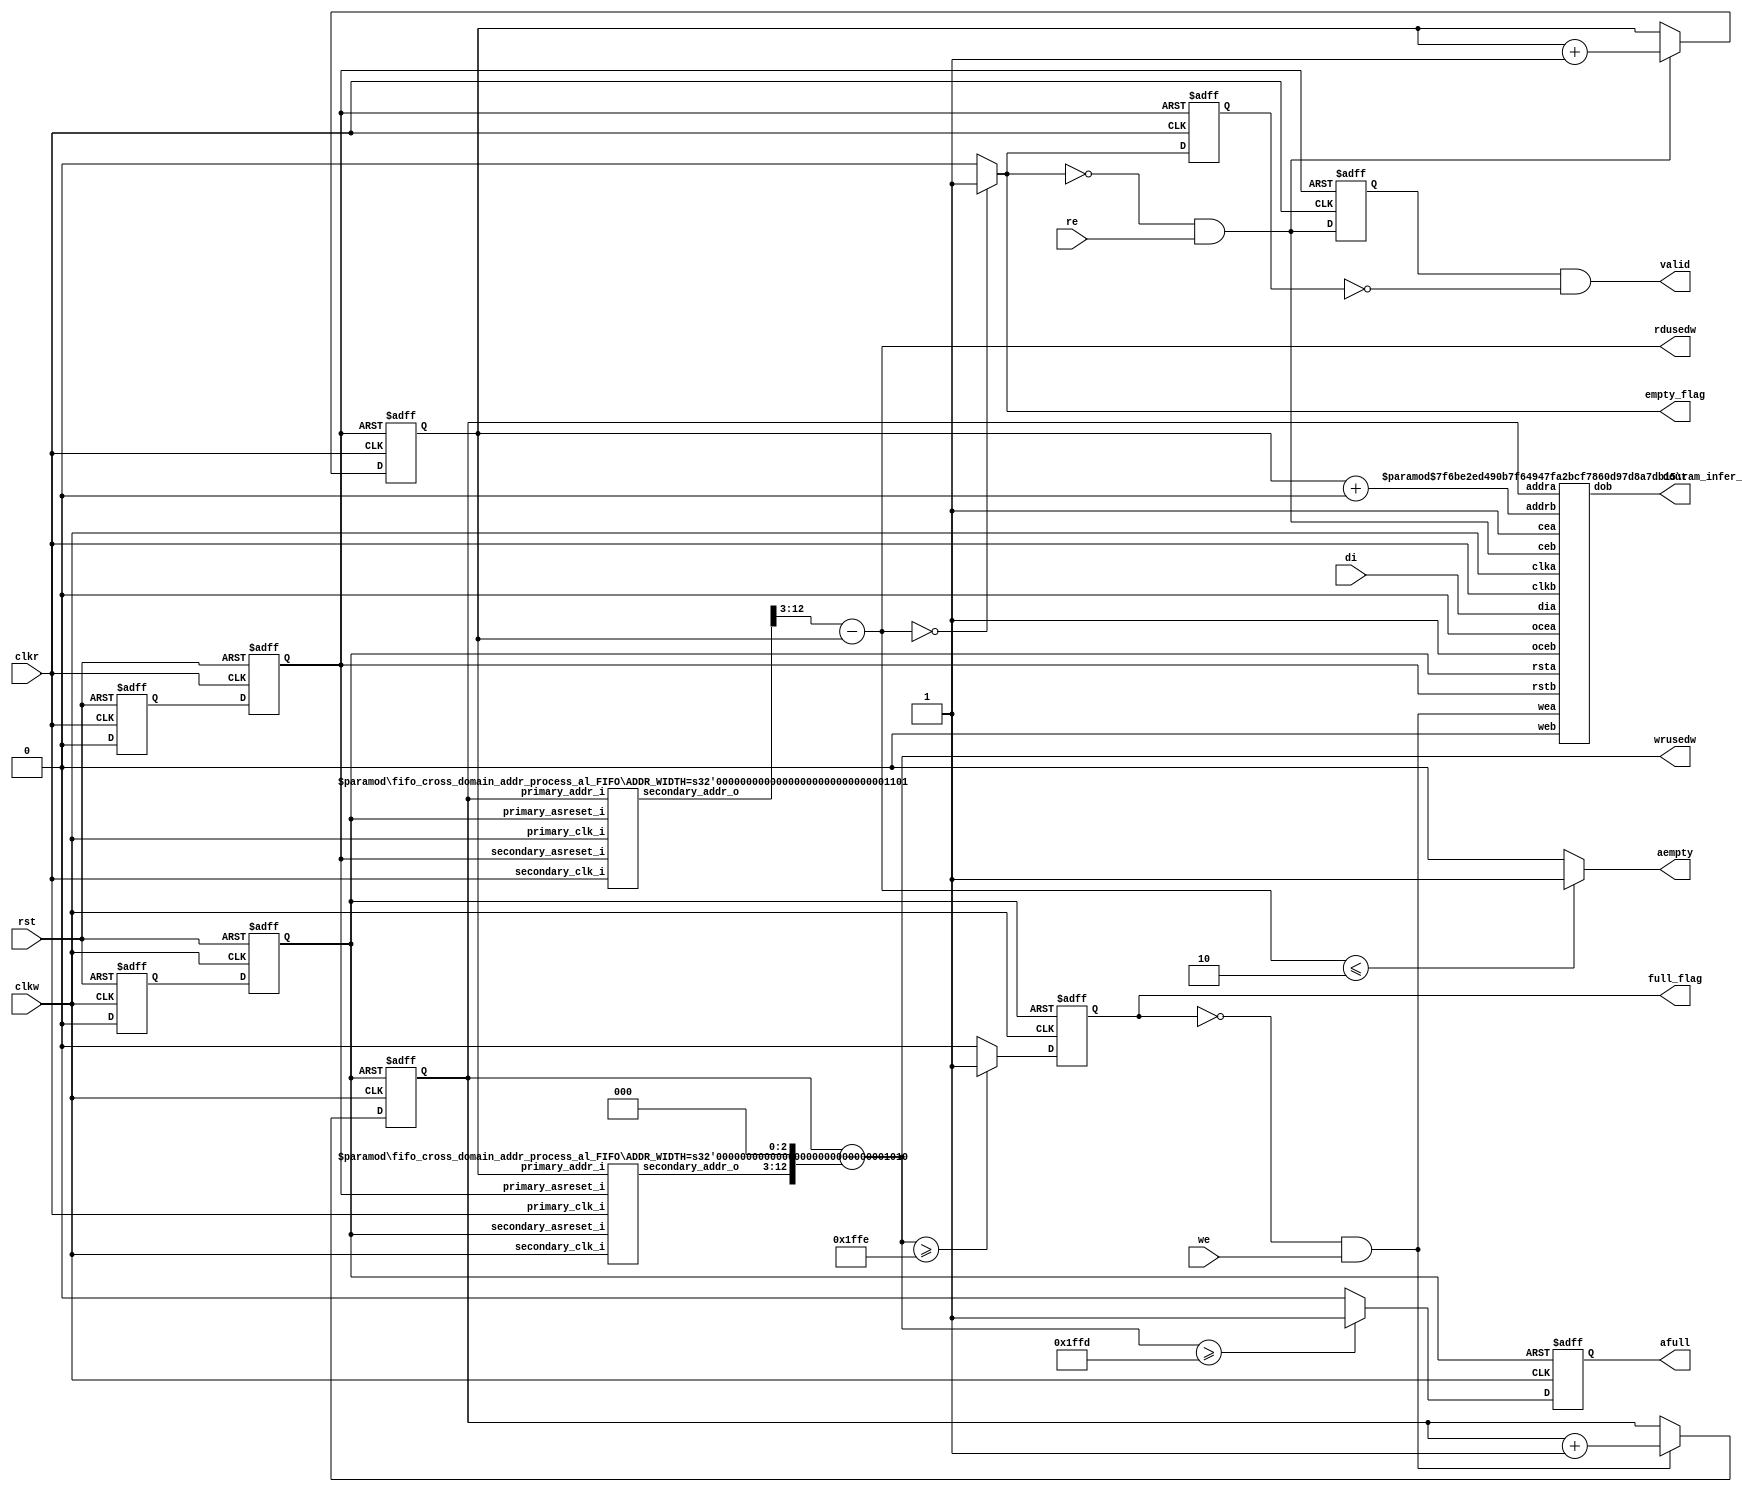

`timescale 1ns/1ps
/************************************************************\
 **     Copyright (c) 2012-2023 Anlogic Inc.
 **  All Right Reserved.\
\************************************************************/
/************************************************************\
 ** Log	:	This file is generated by Anlogic IP Generator.
 ** TD version	:	5.6.71036
\************************************************************/
// 
// ===========================================================================
// Copyright (c) 2011-2022 Anlogic Inc. All Right Reserved.
//
// TEL: 86-21-61633787
// WEB: http://www.anlogic.com/
// ===========================================================================
// $Version    : v1.1
// $Date       : 2022/07/08
// $Description: asynchronous/synchronous FIFO rtl codes , fixed the error of 
// gray code
// ===========================================================================
//`pragma protect begin
module FIFO #(parameter DATA_WIDTH_W = 8, 
        parameter DATA_WIDTH_R = 64, 
        parameter ADDR_WIDTH_W = 13, 
        parameter ADDR_WIDTH_R = 10, 
        parameter AL_FULL_NUM = 8189, 
        parameter AL_EMPTY_NUM = 2, 
        parameter SHOW_AHEAD_EN = 1'b0, 
        parameter OUTREG_EN = "NOREG") (
    //SHOWAHEAD mode enable
    //OUTREG, NOREG
    //independent clock mode,fixed as asynchronous reset
    input rst,  //asynchronous port,active hight
    input clkw,  //write clock
    input clkr,  //read clock
    input we,  //write enable,active hight
    input [(DATA_WIDTH_W - 1):0] di,  //write data
    input re,  //read enable,active hight
    output [(DATA_WIDTH_R - 1):0] dout,  //read data
    output reg valid,  //read data valid flag
    output reg full_flag,  //fifo full flag
    output empty_flag,  //fifo empty flag
    output reg afull,  //fifo almost full flag
    output aempty,  //fifo almost empty flag
    output [(ADDR_WIDTH_W - 1):0] wrusedw,  //stored data number in fifo
    output [(ADDR_WIDTH_R - 1):0] rdusedw //available data number for read      
        ) ;
    //--------------------------------------------------------------------------------------------
    //-------------internal parameter and signals definition below---------------
    //--------------------------------------------------------------------------------------------
    //-------------parameter definition 
    localparam FULL_NUM = ({ADDR_WIDTH_W{1'b1}} - 1) ; 
    //-------------signals definition
    reg asy_w_rst0 ; 
    reg asy_w_rst1 ; 
    reg asy_r_rst0 ; 
    reg asy_r_rst1 ; 
    wire rd_rst ; 
    wire wr_rst ; 
    wire [(ADDR_WIDTH_R - 1):0] rd_to_wr_addr ; // read address synchronized to write clock domain
    wire [(ADDR_WIDTH_W - 1):0] wr_to_rd_addr ; // write address synchronized to read clock domain
    reg [(ADDR_WIDTH_W - 1):0] wr_addr ; // current write address
    reg [(ADDR_WIDTH_R - 1):0] rd_addr ; // current write address
    wire wr_en_s ; 
    wire rd_en_s ; 
    reg [(ADDR_WIDTH_W - 1):0] shift_rdaddr ; 
    reg [(ADDR_WIDTH_R - 1):0] shift_wraddr ; 
    wire [(ADDR_WIDTH_W - 1):0] wr_addr_diff ; // the difference between read and write address(synchronized to write clock domain)
    wire [(ADDR_WIDTH_R - 1):0] rd_addr_diff ; // the difference between read and write address(synchronized to read clock domain)
    reg empty_flag_r1 ; 
    reg empty_flag_r2 ; 
    reg re_r1 ; 
    reg re_r2 ; 
    //--------------------------------------------------------------------------------------------
    //--------------------fuctional codes below---------------------------------
    //--------------------------------------------------------------------------------------------
    // =============================================
    // reset control logic below;
    // =============================================
    //Asynchronous reset synchronous release on the write side
    always
        @(posedge clkw or 
            posedge rst)
        begin
            if (rst) 
                begin
                    asy_w_rst0 <=  1'b1 ;
                    asy_w_rst1 <=  1'b1 ;
                end
            else
                begin
                    asy_w_rst0 <=  1'b0 ;
                    asy_w_rst1 <=  asy_w_rst0 ;
                end
        end
    //Asynchronous reset synchronous release on the read side
    always
        @(posedge clkr or 
            posedge rst)
        begin
            if (rst) 
                begin
                    asy_r_rst0 <=  1'b1 ;
                    asy_r_rst1 <=  1'b1 ;
                end
            else
                begin
                    asy_r_rst0 <=  1'b0 ;
                    asy_r_rst1 <=  asy_r_rst0 ;
                end
        end
    assign rd_rst = asy_r_rst1 ; 
    assign wr_rst = asy_w_rst1 ; 
    // =============================================
    // address generate logic below;
    // =============================================
    // write and read ram enable
    assign wr_en_s = ((!full_flag) & we) ; 
    assign rd_en_s = ((!empty_flag) & re) ; 
    // generate write fifo address
    always
        @(posedge clkw or 
            posedge wr_rst)
        begin
            if ((wr_rst == 1'b1)) 
                wr_addr <=  'b0 ;
            else
                if (wr_en_s) 
                    wr_addr <=  (wr_addr + 1) ;
        end
    // generate rd fifo address
    always
        @(posedge clkr or 
            posedge rd_rst)
        begin
            if ((rd_rst == 1'b1)) 
                rd_addr <=  'b0 ;
            else
                if (rd_en_s) 
                    rd_addr <=  (rd_addr + 1) ;
        end
    always
        @(*)
        begin
            if ((ADDR_WIDTH_R >= ADDR_WIDTH_W)) 
                begin
                    shift_rdaddr = (rd_to_wr_addr >> (ADDR_WIDTH_R - ADDR_WIDTH_W)) ;
                    shift_wraddr = (wr_to_rd_addr << (ADDR_WIDTH_R - ADDR_WIDTH_W)) ;
                end
            else
                begin
                    shift_rdaddr = (rd_to_wr_addr << (ADDR_WIDTH_W - ADDR_WIDTH_R)) ;
                    shift_wraddr = (wr_to_rd_addr >> (ADDR_WIDTH_W - ADDR_WIDTH_R)) ;
                end
        end
    // two's complement format
    assign wr_addr_diff = (wr_addr - shift_rdaddr) ; // the count of data writen to fifo
    assign rd_addr_diff = (shift_wraddr - rd_addr) ; // the count of data available for read
    // =============================================
    // generate all output flag and count below;
    // ============================================= 
    // generate fifo full_flag indicator
    always
        @(posedge clkw or 
            posedge wr_rst)
        begin
            if ((wr_rst == 1'b1)) 
                full_flag <=  1'b0 ;
            else
                if ((wr_addr_diff >= FULL_NUM)) 
                    full_flag <=  1'b1 ;
                else
                    full_flag <=  1'b0 ;
        end
    // generate fifo afull indicator
    always
        @(posedge clkw or 
            posedge wr_rst)
        begin
            if ((wr_rst == 1'b1)) 
                afull <=  1'b0 ;
            else
                if ((wr_addr_diff >= AL_FULL_NUM)) 
                    afull <=  1'b1 ;
                else
                    afull <=  1'b0 ;
        end
    // generate fifo empty_flag indicator
    assign empty_flag = ((rd_addr_diff == 5'b0) ? 1'b1 : 1'b0) ; 
    // generate fifo aempty indicator
    assign aempty = ((rd_addr_diff <= AL_EMPTY_NUM) ? 1'b1 : 1'b0) ; 
    // the count of data writen to fifo 
    assign wrusedw = wr_addr_diff ; 
    // the count of data available for read
    assign rdusedw = rd_addr_diff ; 
    // delay empty_flag for 2cycle
    always
        @(posedge clkr or 
            posedge rd_rst)
        begin
            if ((rd_rst == 1'b1)) 
                begin
                    empty_flag_r1 <=  1'b1 ;
                    empty_flag_r2 <=  1'b1 ;
                end
            else
                begin
                    empty_flag_r1 <=  empty_flag ;
                    empty_flag_r2 <=  empty_flag_r1 ;
                end
        end
    // delay rd_en_s for 2cycle
    always
        @(posedge clkr or 
            posedge rd_rst)
        begin
            if ((rd_rst == 1'b1)) 
                begin
                    re_r1 <=  1'b0 ;
                    re_r2 <=  1'b0 ;
                end
            else
                begin
                    re_r1 <=  rd_en_s ;
                    re_r2 <=  re_r1 ;
                end
        end
    // generate data output valid flag
    always
        @(*)
        begin
            if ((SHOW_AHEAD_EN && (OUTREG_EN == "NOREG"))) 
                valid = (!empty_flag) ;
            else
                if (((!SHOW_AHEAD_EN) && (OUTREG_EN == "OUTREG"))) 
                    valid = (re_r2 & (!empty_flag_r2)) ;
                else
                    valid = (re_r1 & (!empty_flag_r1)) ;
        end
    // =============================================
    // instance logic below;
    // =============================================
    // fifo read address synchronous to write clock domain using gray code
    fifo_cross_domain_addr_process_al_FIFO #(.ADDR_WIDTH(ADDR_WIDTH_R)) rd_to_wr_cross_inst (.primary_asreset_i(rd_rst), 
                .secondary_asreset_i(wr_rst), 
                .primary_clk_i(clkr), 
                .secondary_clk_i(clkw), 
                .primary_addr_i(rd_addr), 
                .secondary_addr_o(rd_to_wr_addr)) ; 
    // fifo write address synchronous to read clock domain using gray code
    fifo_cross_domain_addr_process_al_FIFO #(.ADDR_WIDTH(ADDR_WIDTH_W)) wr_to_rd_cross_inst (.primary_asreset_i(wr_rst), 
                .secondary_asreset_i(rd_rst), 
                .primary_clk_i(clkw), 
                .secondary_clk_i(clkr), 
                .primary_addr_i(wr_addr), 
                .secondary_addr_o(wr_to_rd_addr)) ; 
    ram_infer_FIFO #(.DATAWIDTH_A(DATA_WIDTH_W),
            .ADDRWIDTH_A(ADDR_WIDTH_W),
            .DATAWIDTH_B(DATA_WIDTH_R),
            .ADDRWIDTH_B(ADDR_WIDTH_R),
            .MODE("SDP"),
            .REGMODE_B(OUTREG_EN)) ram_inst (.clka(clkw), 
                .rsta(wr_rst), 
                .cea(1'b1), 
                .wea(wr_en_s), 
                .ocea(1'b0), 
                .dia(di), 
                .addra(wr_addr), 
                .clkb(clkr), 
                .rstb(rd_rst), 
                .ceb((SHOW_AHEAD_EN | rd_en_s)), 
                .web(1'b0), 
                .oceb(1'b1), 
                .addrb((rd_addr + (SHOW_AHEAD_EN & rd_en_s))), 
                .dob(dout)) ; 
endmodule



`timescale 1ns/1ps
// ===========================================================================
// $Version    : v1.0
// $Date       : 2022/04/26
// $Description: fifo write and read address crocess domain process
// ===========================================================================
module fifo_cross_domain_addr_process_al_FIFO #(parameter ADDR_WIDTH = 9) (
    input primary_asreset_i, 
    input secondary_asreset_i, 
    input primary_clk_i, 
    input secondary_clk_i, 
    input [(ADDR_WIDTH - 1):0] primary_addr_i, 
    output reg [(ADDR_WIDTH - 1):0] secondary_addr_o) ;
    //--------------------------------------------------------------------------------------------
    //-------------internal parameter and signals definition below---------------
    //--------------------------------------------------------------------------------------------
    //-------------localparam definition
    //-------------signals definition
    wire [(ADDR_WIDTH - 1):0] primary_addr_gray ; 
    reg [(ADDR_WIDTH - 1):0] primary_addr_gray_reg ;  /* fehdl keep="true" */ 
    reg [(ADDR_WIDTH - 1):0] sync_r1 ;  /* fehdl keep="true" */ 
    reg [(ADDR_WIDTH - 1):0] primary_addr_gray_sync ; 
    //--------------------------------------------------------------------------------------------
    //--------------------fuctional codes below---------------------------------
    //-------------------------------------------------------------------------------------------- 
    function [(ADDR_WIDTH - 1):0] gray2bin ; 
        input [(ADDR_WIDTH - 1):0] gray ; 
        integer j ; 
        begin
            gray2bin[(ADDR_WIDTH - 1)] = gray[(ADDR_WIDTH - 1)] ;
            for (j = (ADDR_WIDTH - 1) ; (j > 0) ; j = (j - 1))
                gray2bin[(j - 1)] = (gray2bin[j] ^ gray[(j - 1)]) ;
        end
    endfunction
    function [(ADDR_WIDTH - 1):0] bin2gray ; 
        input [(ADDR_WIDTH - 1):0] bin ; 
        integer j ; 
        begin
            bin2gray[(ADDR_WIDTH - 1)] = bin[(ADDR_WIDTH - 1)] ;
            for (j = (ADDR_WIDTH - 1) ; (j > 0) ; j = (j - 1))
                bin2gray[(j - 1)] = (bin[j] ^ bin[(j - 1)]) ;
        end
    endfunction
    // convert primary address to grey code
    assign primary_addr_gray = bin2gray(primary_addr_i) ; 
    // register the primary Address Pointer gray code
    always
        @(posedge primary_clk_i or 
            posedge primary_asreset_i)
        begin
            if ((primary_asreset_i == 1'b1)) 
                primary_addr_gray_reg <=  0 ;
            else
                primary_addr_gray_reg <=  primary_addr_gray ;
        end
    //--------------------------------------------------------------------
    // secondary clock Domain
    //--------------------------------------------------------------------
    // synchronize primary address grey code onto the secondary clock
    always
        @(posedge secondary_clk_i or 
            posedge secondary_asreset_i)
        begin
            if ((secondary_asreset_i == 1'b1)) 
                begin
                    sync_r1 <=  0 ;
                    primary_addr_gray_sync <=  0 ;
                end
            else
                begin
                    sync_r1 <=  primary_addr_gray_reg ;
                    primary_addr_gray_sync <=  sync_r1 ;
                end
        end
    // convert the synchronized primary address grey code back to binary
    always
        @(posedge secondary_clk_i or 
            posedge secondary_asreset_i)
        begin
            if ((secondary_asreset_i == 1'b1)) 
                secondary_addr_o <=  0 ;
            else
                secondary_addr_o <=  gray2bin(primary_addr_gray_sync) ;
        end
endmodule



`timescale 1ns/1ps
// ===========================================================================
// $Version    : v1.0
// $Date       : 2022/04/26
// $Description: DRAM/ERAM infer logic 
// ===========================================================================
module ram_infer_FIFO (clka, 
        rsta, 
        cea, 
        ocea, 
        wea, 
        dia, 
        addra, 
        doa, 
        clkb, 
        rstb, 
        ceb, 
        oceb, 
        web, 
        dib, 
        addrb, 
        dob) ;
    //parameter
    parameter MODE = "SDP" ; //SP, SDP, DP
    parameter BYTE_SIZE = 8 ; //8, 9, 10
    parameter INIT_FILE = "" ; //memory initialization file which can be $readmemh, generated by software from .mif
    parameter INIT_VALUE = 0 ; 
    parameter USE_BYTE_WEA = 0 ; //0,1, use Byte Writes or not
    parameter DATAWIDTH_A = 32 ; //A WIDTH
    parameter WEA_WIDTH = ((USE_BYTE_WEA == 0) ? 1 : (DATAWIDTH_A / BYTE_SIZE)) ; //wea port width
    parameter REGMODE_A = "NOREG" ; //OUTREG, NOREG
    parameter RESETMODE_A = "ASYNC" ; //SYNC, ASYNC, ARSR
    parameter INITVAL_A = {DATAWIDTH_A{1'b0}} ; //A initial value or reset value
    parameter WRITEMODE_A = "NORMAL" ; //NORMAL, WRITETHROUGH, READBEFOREWRITE
    parameter ADDRWIDTH_A = 5 ; //A ADDR WIDTH
    parameter DATADEPTH_A = (2 ** ADDRWIDTH_A) ; //A DEPTH
    parameter SSROVERCE_A = "ENABLE" ; //ENABLE, DISABLE
    parameter USE_BYTE_WEB = USE_BYTE_WEA ; //0,1, use Byte Writes or not
    parameter DATAWIDTH_B = DATAWIDTH_A ; //B WIDTH
    parameter WEB_WIDTH = ((USE_BYTE_WEB == 0) ? 1 : (DATAWIDTH_B / BYTE_SIZE)) ; //web port width
    parameter REGMODE_B = "NOREG" ; //OUTREG, NOREG
    parameter RESETMODE_B = "ASYNC" ; //SYNC, ASYNC, ARSR
    parameter INITVAL_B = {DATAWIDTH_B{1'b0}} ; //B initial value or reset value
    parameter WRITEMODE_B = "NORMAL" ; //NORMAL, WRITETHROUGH, READBEFOREWRITE
    parameter ADDRWIDTH_B = ADDRWIDTH_A ; //B ADDR WIDTH
    parameter DATADEPTH_B = (2 ** ADDRWIDTH_B) ; //A DEPTH
    parameter SSROVERCE_B = "ENABLE" ; //ENABLE, DISABLEi
    //input 
    input clka, 
        rsta, 
        cea, 
        ocea ; 
    input [(WEA_WIDTH - 1):0] wea ; 
    input [(DATAWIDTH_A - 1):0] dia ; 
    input [(ADDRWIDTH_A - 1):0] addra ; 
    input clkb, 
        rstb, 
        ceb, 
        oceb ; 
    input [(WEB_WIDTH - 1):0] web ; 
    input [(DATAWIDTH_B - 1):0] dib ; 
    input [(ADDRWIDTH_B - 1):0] addrb ; 
    //output
    output [(DATAWIDTH_A - 1):0] doa ; 
    output [(DATAWIDTH_B - 1):0] dob ; 
    // check parameters
    //integer fp;
    localparam MIN_WIDTH = ((DATAWIDTH_A > DATAWIDTH_B) ? DATAWIDTH_B : DATAWIDTH_A) ; 
    localparam MAX_DEPTH = ((DATADEPTH_A > DATADEPTH_B) ? DATADEPTH_A : DATADEPTH_B) ; 
    localparam WIDTHRATIO_A = (DATAWIDTH_A / MIN_WIDTH) ; 
    localparam WIDTHRATIO_B = (DATAWIDTH_B / MIN_WIDTH) ; 
    reg [(MIN_WIDTH - 1):0] memory [(MAX_DEPTH - 1):0] ;  /* fehdl force_ram=1, ram_style="bram" */ 
    reg [(DATAWIDTH_A - 1):0] doa_tmp = INITVAL_A ; 
    reg [(DATAWIDTH_B - 1):0] dob_tmp = INITVAL_B ; 
    reg [(DATAWIDTH_A - 1):0] doa_tmp2 = INITVAL_A ; 
    reg [(DATAWIDTH_B - 1):0] dob_tmp2 = INITVAL_B ; 
    integer i ; 
    //Initial value
    // if (INIT_FILE != "") begin
    //   initial $readmemb(INIT_FILE, memory);
    // end else begin
    // initial begin
    //   for(i=0; i<MAX_DEPTH; i=i+1) begin
    //     memory[i] <= INIT_VALUE;
    //   end
    // end
    // end
    //write data
    always
        @(posedge clka)
        begin
            if (cea) 
                begin
                    write_a (addra,
                            dia,
                            wea) ;
                end
        end
    always
        @(posedge clkb)
        begin
            if (ceb) 
                begin
                    if ((MODE == "DP")) 
                        begin
                            write_b (addrb,
                                    dib,
                                    web) ;
                        end
                end
        end
    reg rsta_p1 = 1, 
        rsta_p2 = 1 ; 
    wire rsta_p3 = ((rsta_p2 | rsta_p1) | rsta) ; 
    always
        @(posedge clka or 
            posedge rsta)
        begin
            if (rsta) 
                begin
                    rsta_p1 <=  1 ;
                end
            else
                begin
                    rsta_p1 <=  0 ;
                end
        end
    always
        @(negedge clka)
        begin
            rsta_p2 <=  rsta_p1 ;
        end
    //read data
    wire sync_rsta = ((RESETMODE_A == "SYNC") && rsta) ; 
    wire async_rsta = ((RESETMODE_A == "ASYNC") ? rsta : ((RESETMODE_A == "ARSR") ? rsta_p3 : 0)) ; 
    wire ssroverce_a = ((SSROVERCE_A == "ENABLE") && sync_rsta) ; 
    wire ceoverssr_a = ((SSROVERCE_A == "DISABLE") && sync_rsta) ; 
    always
        @(posedge clka or 
            posedge async_rsta)
        begin
            if (async_rsta) 
                begin
                    doa_tmp2 <=  INITVAL_A ;
                end
            else
                if (ssroverce_a) 
                    begin
                        doa_tmp2 <=  INITVAL_A ;
                    end
                else
                    if (ocea) 
                        begin
                            if (ceoverssr_a) 
                                begin
                                    doa_tmp2 <=  INITVAL_A ;
                                end
                            else
                                begin
                                    doa_tmp2 <=  doa_tmp ;
                                end
                        end
        end
    always
        @(posedge clka or 
            posedge async_rsta)
        begin
            if (async_rsta) 
                begin
                    doa_tmp <=  INITVAL_A ;
                end
            else
                if (sync_rsta) 
                    begin
                        doa_tmp <=  INITVAL_A ;
                    end
                else
                    begin
                        if (cea) 
                            begin
                                if (((MODE == "SP") || (MODE == "DP"))) 
                                    begin
                                        read_a (addra,
                                                dia,
                                                wea) ;
                                    end
                            end
                    end
        end
    reg rstb_p1 = 1, 
        rstb_p2 = 1 ; 
    wire rstb_p3 = ((rstb_p1 | rstb_p2) | rstb) ; 
    always
        @(posedge clkb or 
            posedge rstb)
        begin
            if (rstb) 
                begin
                    rstb_p1 <=  1 ;
                end
            else
                begin
                    rstb_p1 <=  0 ;
                end
        end
    always
        @(negedge clkb)
        begin
            rstb_p2 <=  rstb_p1 ;
        end
    wire sync_rstb = ((RESETMODE_B == "SYNC") && rstb) ; 
    wire async_rstb = ((RESETMODE_B == "ASYNC") ? rstb : ((RESETMODE_B == "ARSR") ? rstb_p3 : 0)) ; 
    wire ssroverce_b = ((SSROVERCE_B == "ENABLE") && sync_rstb) ; 
    wire ceoverssr_b = ((SSROVERCE_B == "DISABLE") && sync_rstb) ; 
    always
        @(posedge clkb or 
            posedge async_rstb)
        begin
            if (async_rstb) 
                begin
                    dob_tmp2 <=  INITVAL_B ;
                end
            else
                if (ssroverce_b) 
                    begin
                        dob_tmp2 <=  INITVAL_B ;
                    end
                else
                    if (oceb) 
                        begin
                            if (ceoverssr_b) 
                                begin
                                    dob_tmp2 <=  INITVAL_B ;
                                end
                            else
                                begin
                                    dob_tmp2 <=  dob_tmp ;
                                end
                        end
        end
    always
        @(posedge clkb or 
            posedge async_rstb)
        begin
            if (async_rstb) 
                begin
                    dob_tmp <=  INITVAL_B ;
                end
            else
                if (sync_rstb) 
                    begin
                        dob_tmp <=  INITVAL_B ;
                    end
                else
                    begin
                        if (ceb) 
                            begin
                                if ((MODE == "DP")) 
                                    begin
                                        read_b (addrb,
                                                dib,
                                                web) ;
                                    end
                                else
                                    if ((MODE == "SDP")) 
                                        begin
                                            read_b (addrb,
                                                    dib,
                                                    1'b0) ;
                                        end
                            end
                    end
        end
    assign doa = ((REGMODE_A == "OUTREG") ? doa_tmp2 : doa_tmp) ; 
    assign dob = ((REGMODE_B == "OUTREG") ? dob_tmp2 : dob_tmp) ; 
    task  write_a(
        input reg [(ADDRWIDTH_A - 1):0] addr, 
            
        input reg [(DATAWIDTH_A - 1):0] data, 
            
        input reg [(WEA_WIDTH - 1):0] we) ; 
        integer i, 
            j ; 
        begin
            if ((USE_BYTE_WEA != 0)) 
                begin
                    for (i = 0 ; (i < WIDTHRATIO_A) ; i = (i + 1))
                        begin
                            for (j = 0 ; (j < (WEA_WIDTH / WIDTHRATIO_A)) ; j = (j + 1))
                                begin
                                    if (we[(((i * WEA_WIDTH) / WIDTHRATIO_A) + j)]) 
                                        begin
                                            memory[((addr * WIDTHRATIO_A) + i)][(j * BYTE_SIZE) +: BYTE_SIZE] <=  data[((i * MIN_WIDTH) + (j * BYTE_SIZE)) +: BYTE_SIZE] ;
                                        end
                                end
                        end
                end
            else
                begin
                    if (we) 
                        begin
                            for (i = 0 ; (i < WIDTHRATIO_A) ; i = (i + 1))
                                begin
                                    memory[((addr * WIDTHRATIO_A) + i)] <=  data[(i * MIN_WIDTH) +: MIN_WIDTH] ;
                                end
                        end
                end
        end
    endtask
    task  write_b(
        input reg [(ADDRWIDTH_B - 1):0] addr, 
            
        input reg [(DATAWIDTH_B - 1):0] data, 
            
        input reg [(WEB_WIDTH - 1):0] we) ; 
        integer i, 
            j ; 
        begin
            if ((USE_BYTE_WEB != 0)) 
                begin
                    for (i = 0 ; (i < WIDTHRATIO_B) ; i = (i + 1))
                        begin
                            for (j = 0 ; (j < (WEB_WIDTH / WIDTHRATIO_B)) ; j = (j + 1))
                                begin
                                    if (we[(((i * WEB_WIDTH) / WIDTHRATIO_B) + j)]) 
                                        begin
                                            memory[((addr * WIDTHRATIO_B) + i)][(j * BYTE_SIZE) +: BYTE_SIZE] <=  data[((i * MIN_WIDTH) + (j * BYTE_SIZE)) +: BYTE_SIZE] ;
                                        end
                                end
                        end
                end
            else
                begin
                    if (we) 
                        begin
                            for (i = 0 ; (i < WIDTHRATIO_B) ; i = (i + 1))
                                begin
                                    memory[((addr * WIDTHRATIO_B) + i)] <=  data[(i * MIN_WIDTH) +: MIN_WIDTH] ;
                                end
                        end
                end
        end
    endtask
    task  read_a(
        input reg [(ADDRWIDTH_A - 1):0] addr, 
            
        input reg [(DATAWIDTH_A - 1):0] data, 
            
        input reg [(WEA_WIDTH - 1):0] we) ; 
        integer i, 
            j ; 
        if ((USE_BYTE_WEA != 0)) 
            begin
                if ((WRITEMODE_A == "NORMAL")) 
                    begin
                        for (i = 0 ; (i < WIDTHRATIO_A) ; i = (i + 1))
                            begin
                                for (j = 0 ; (j < (WEA_WIDTH / WIDTHRATIO_A)) ; j = (j + 1))
                                    begin
                                        if ((!we[(((i * WEA_WIDTH) / WIDTHRATIO_A) + j)])) 
                                            begin
                                                doa_tmp[((i * MIN_WIDTH) + (j * BYTE_SIZE)) +: BYTE_SIZE] <=  memory[((addr * WIDTHRATIO_A) + i)][(j * BYTE_SIZE) +: BYTE_SIZE] ;
                                            end
                                    end
                            end
                    end
                else
                    if ((WRITEMODE_A == "WRITETHROUGH")) 
                        begin
                            for (i = 0 ; (i < WIDTHRATIO_A) ; i = (i + 1))
                                begin
                                    for (j = 0 ; (j < (WEA_WIDTH / WIDTHRATIO_A)) ; j = (j + 1))
                                        begin
                                            if (we[(((i * WEA_WIDTH) / WIDTHRATIO_A) + j)]) 
                                                begin
                                                    doa_tmp[((i * MIN_WIDTH) + (j * BYTE_SIZE)) +: BYTE_SIZE] <=  data[((i * MIN_WIDTH) + (j * BYTE_SIZE)) +: BYTE_SIZE] ;
                                                end
                                            else
                                                begin
                                                    doa_tmp[((i * MIN_WIDTH) + (j * BYTE_SIZE)) +: BYTE_SIZE] <=  memory[((addr * WIDTHRATIO_A) + i)][(j * BYTE_SIZE) +: BYTE_SIZE] ;
                                                end
                                        end
                                end
                        end
                    else
                        begin
                            for (i = 0 ; (i < WIDTHRATIO_A) ; i = (i + 1))
                                begin
                                    doa_tmp[(MIN_WIDTH * i) +: MIN_WIDTH] <=  memory[((addr * WIDTHRATIO_A) + i)] ;
                                end
                        end
            end
        else
            begin
                if ((WRITEMODE_A == "NORMAL")) 
                    begin
                        if ((!we[0])) 
                            begin
                                for (i = 0 ; (i < WIDTHRATIO_A) ; i = (i + 1))
                                    begin
                                        doa_tmp[(MIN_WIDTH * i) +: MIN_WIDTH] <=  memory[((addr * WIDTHRATIO_A) + i)] ;
                                    end
                            end
                    end
                else
                    if ((WRITEMODE_A == "WRITETHROUGH")) 
                        begin
                            if (we[0]) 
                                begin
                                    doa_tmp <=  data ;
                                end
                            else
                                begin
                                    for (i = 0 ; (i < WIDTHRATIO_A) ; i = (i + 1))
                                        begin
                                            doa_tmp[(MIN_WIDTH * i) +: MIN_WIDTH] <=  memory[((addr * WIDTHRATIO_A) + i)] ;
                                        end
                                end
                        end
                    else
                        begin
                            for (i = 0 ; (i < WIDTHRATIO_A) ; i = (i + 1))
                                begin
                                    doa_tmp[(MIN_WIDTH * i) +: MIN_WIDTH] <=  memory[((addr * WIDTHRATIO_A) + i)] ;
                                end
                        end
            end
    endtask
    task  read_b(
        input reg [(ADDRWIDTH_B - 1):0] addr, 
            
        input reg [(DATAWIDTH_B - 1):0] data, 
            
        input reg [(WEB_WIDTH - 1):0] we) ; 
        integer i, 
            j ; 
        if ((USE_BYTE_WEB != 0)) 
            begin
                if ((WRITEMODE_B == "NORMAL")) 
                    begin
                        for (i = 0 ; (i < WIDTHRATIO_B) ; i = (i + 1))
                            begin
                                for (j = 0 ; (j < (WEB_WIDTH / WIDTHRATIO_B)) ; j = (j + 1))
                                    begin
                                        if ((!we[(((i * WEB_WIDTH) / WIDTHRATIO_B) + j)])) 
                                            begin
                                                dob_tmp[((i * MIN_WIDTH) + (j * BYTE_SIZE)) +: BYTE_SIZE] <=  memory[((addr * WIDTHRATIO_B) + i)][(j * BYTE_SIZE) +: BYTE_SIZE] ;
                                            end
                                    end
                            end
                    end
                else
                    if ((WRITEMODE_B == "WRITETHROUGH")) 
                        begin
                            for (i = 0 ; (i < WIDTHRATIO_B) ; i = (i + 1))
                                begin
                                    for (j = 0 ; (j < (WEB_WIDTH / WIDTHRATIO_B)) ; j = (j + 1))
                                        begin
                                            if (we[(((i * WEB_WIDTH) / WIDTHRATIO_B) + j)]) 
                                                begin
                                                    dob_tmp[((i * MIN_WIDTH) + (j * BYTE_SIZE)) +: BYTE_SIZE] <=  data[((i * MIN_WIDTH) + (j * BYTE_SIZE)) +: BYTE_SIZE] ;
                                                end
                                            else
                                                begin
                                                    dob_tmp[((i * MIN_WIDTH) + (j * BYTE_SIZE)) +: BYTE_SIZE] <=  memory[((addr * WIDTHRATIO_B) + i)][(j * BYTE_SIZE) +: BYTE_SIZE] ;
                                                end
                                        end
                                end
                        end
                    else
                        begin
                            for (i = 0 ; (i < WIDTHRATIO_B) ; i = (i + 1))
                                begin
                                    dob_tmp[(MIN_WIDTH * i) +: MIN_WIDTH] <=  memory[((addr * WIDTHRATIO_B) + i)] ;
                                end
                        end
            end
        else
            begin
                if ((WRITEMODE_B == "NORMAL")) 
                    begin
                        if ((!we[0])) 
                            begin
                                for (i = 0 ; (i < WIDTHRATIO_B) ; i = (i + 1))
                                    begin
                                        dob_tmp[(MIN_WIDTH * i) +: MIN_WIDTH] <=  memory[((addr * WIDTHRATIO_B) + i)] ;
                                    end
                            end
                    end
                else
                    if ((WRITEMODE_B == "WRITETHROUGH")) 
                        begin
                            if (we[0]) 
                                begin
                                    dob_tmp <=  data ;
                                end
                            else
                                begin
                                    for (i = 0 ; (i < WIDTHRATIO_B) ; i = (i + 1))
                                        begin
                                            dob_tmp[(MIN_WIDTH * i) +: MIN_WIDTH] <=  memory[((addr * WIDTHRATIO_B) + i)] ;
                                        end
                                end
                        end
                    else
                        begin
                            for (i = 0 ; (i < WIDTHRATIO_B) ; i = (i + 1))
                                begin
                                    dob_tmp[(MIN_WIDTH * i) +: MIN_WIDTH] <=  memory[((addr * WIDTHRATIO_B) + i)] ;
                                end
                        end
            end
    endtask
endmodule